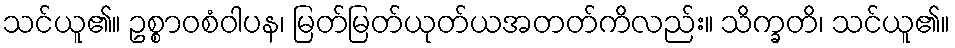
သင်ယူ၏။ ဥစ္စာဝစံဝါပန၊ မြတ်မြတ်ယုတ်ယအတတ်ကိလည်း။ သိက္ခတိ၊ သင်ယူ၏။